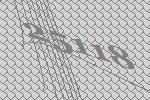
25118